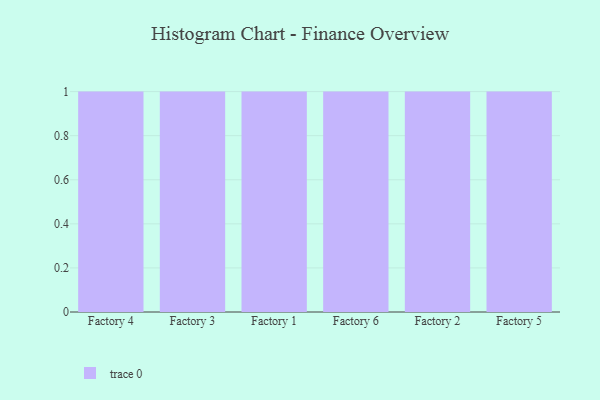
{"axis": {"x": "Factory", "y": "Waste Production (Tons)"}, "legend": [""], "data": [{"x": "Factory 4", "y": 34, "type": ""}, {"x": "Factory 3", "y": 67, "type": ""}, {"x": "Factory 1", "y": 100, "type": ""}, {"x": "Factory 6", "y": 42, "type": ""}, {"x": "Factory 2", "y": 12, "type": ""}, {"x": "Factory 5", "y": 20, "type": ""}]}